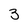
Character: 3